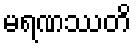
မရဏဿတိ